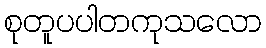
စုတူပပါတကုသလော